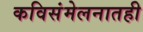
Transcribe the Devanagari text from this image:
कविसंमेलनातही